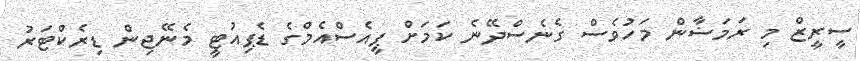
ސީރީޒް މި ރަމަޟާން މަހުވެސް ގެނެސްދޭނެ ކަމަށް ޕީއެސްއެމްގެ ޑެޕިއުޓީ މެނޭޖިން ޑިރެކްޓަރު